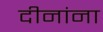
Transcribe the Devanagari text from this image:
दीनांना